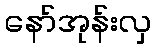
နော်အုန်းလှ